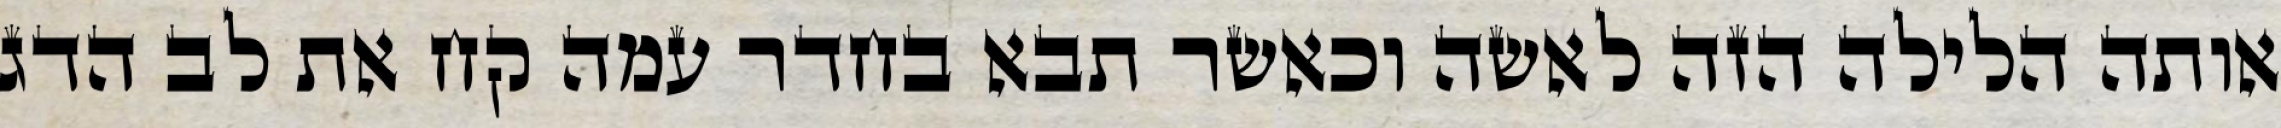
אותה הלילה הזה לאשה וכאשר תבא בחדר עמה קח את לב הדג